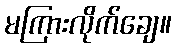
မကြားလိုက်ချေ။